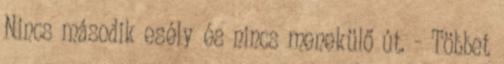
Nincs második esély és nincs menekülő út. - Többet